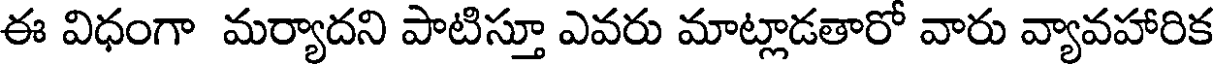
ఈ విధంగా మర్యాదని పాటిస్తూ ఎవరు మాట్లాడతారో వారు వ్యావహారిక